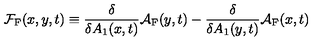
{ \cal F } _ { \mathrm { F } } ( x , y , t ) \equiv \frac { \delta } { \delta A _ { 1 } ( x , t ) } { \cal A } _ { \mathrm { F } } ( y , t ) - \frac { \delta } { \delta A _ { 1 } ( y , t ) } { \cal A } _ { \mathrm { F } } ( x , t )